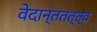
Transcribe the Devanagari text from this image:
वेदान्ततत्त्‍व